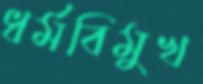
ধর্মবিমুখ